Civil Veterinary Dept. Bombay admin report 1923-31 - 1923-1931
Year: 1923
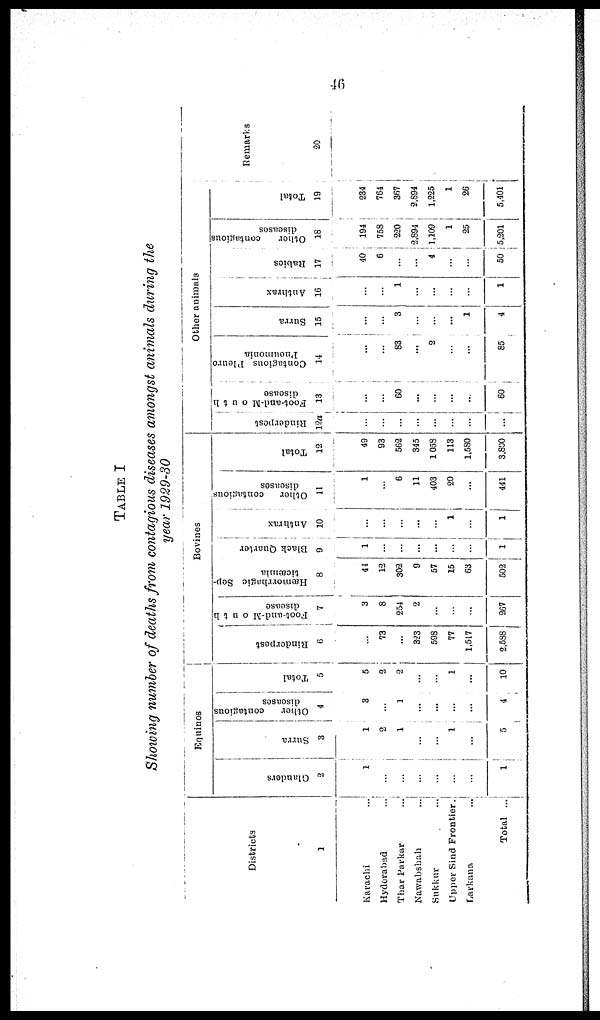
46
TABLE I
Showing number of deaths from contagious diseases amongst animals during the
year 1929-30
Districts
1
Karachi ...
Hyderabad ...
Thar Parkar ...
Nawabshah ...
Sukkur ...
Upper Sind Frontier.
Larkana ...
Total ...
Equines
Glanders
2
1
...
...
...
...
...
...
1
Surra
3
1
2
1
...
...
1
...
5
Other contagious
diseases
4
3
...
1
...
...
...
...
4
Total
5
5
2
2
...
...
1
...
10
Bovines
Rinderpest
6
...
73
...
323
598
77
1,517
2,588
Foot-and-Mouth
disease
7
3
8
254
2
...
...
...
267
Hæmorrhagic Sep-
8
41
12
302
9
57
15
63
502
Black Quarter
9
1
...
...
...
...
...
...
1
Anthrax
10
...
...
...
...
...
1
...
1
Other contagious
diseases
11
1
...
6
11
403
20
...
441
Total
12
49
93
562
345
1058
113
1,580
3,800
Other animals
Rinderpest
12a
...
...
...
...
...
...
...
...
Foot-and-Mouth
disease
13
...
...
60
...
...
...
...
60
Contagious Pleuro
Pneumonia
14
...
...
83
...
2
...
...
85
Surra
15
...
...
3
...
...
...
1
4
Anthrax
16
...
...
1
...
...
...
...
1
Rabies
17
40
6
...
...
4
...
...
50
Other
contagious
diseases
18
194
758
220
2,894
1,109
1
25
5,201
Total
19
234
764
367
2,894
1,225
1
26
5,401
Remarks
20